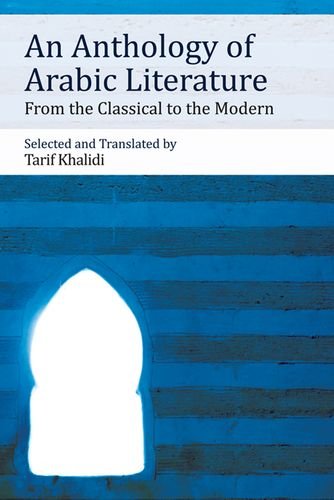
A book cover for An Anthology of Arabic Literature: From the Classical to the Modern; Literature & Fiction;